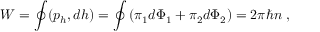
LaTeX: W = \oint ( p _ { h } , d h ) = \oint \left( \pi _ { 1 } d \Phi _ { 1 } + \pi _ { 2 } d \Phi _ { 2 } \right) = 2 \pi \hbar n \ ,